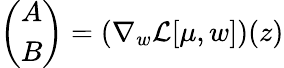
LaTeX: \left(\begin{array}{l}{A}\\ {B}\end{array}\right)=(\nabla_{w}\mathcal{L}[\mu,w])(z)